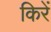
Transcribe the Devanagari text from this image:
किरें